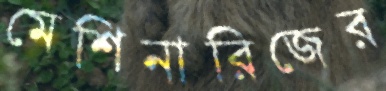
মেশিনারিজের